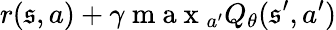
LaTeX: r(\mathfrak{s},a)+\gamma\mathrm{{~m~a~x~}}_{a^{\prime}}Q_{\theta}(\mathfrak{s}^{\prime},a^{\prime})